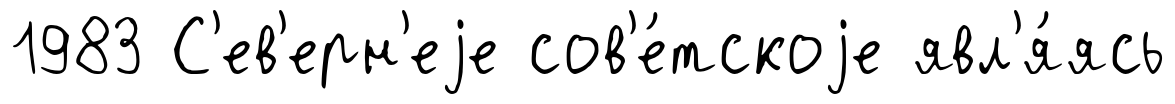
1983 С'ев'ерн'еjе сов'е́тскоjе явл'я́ясь